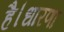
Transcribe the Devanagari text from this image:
है।धारणा